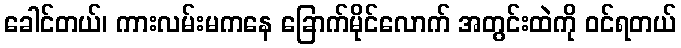
ခေါင်တယ်၊ ကားလမ်းမကနေ ခြောက်မိုင်လောက် အတွင်းထဲကို ဝင်ရတယ်